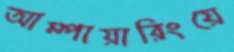
আম্পায়ারিংয়ে